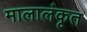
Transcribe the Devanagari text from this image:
मालालंकृत